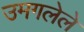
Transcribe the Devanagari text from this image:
उमगलेले